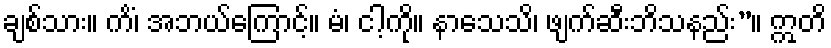
ချစ်သား။ ကိံ၊ အဘယ်ကြောင့်။ မံ၊ ငါ့ကို။ နာသေသိ၊ ဖျက်ဆီးဘိသနည်း”။ ဣတိ